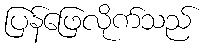
ပြန်ဖြေလိုက်သည်